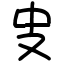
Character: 㕜